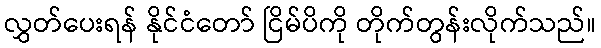
လွှတ်ပေးရန် နိုင်ငံတော် ငြိမ်ပိကို တိုက်တွန်းလိုက်သည်။